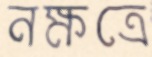
নক্ষত্রে